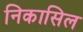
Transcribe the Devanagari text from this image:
निकासिल